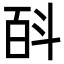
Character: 㪶